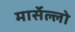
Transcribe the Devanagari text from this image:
मार्सेल्लो